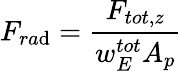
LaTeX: F_{ra\mathrm{d}}=\frac{{F_{tot,z}}}{{w_{E}^{tot}A_{p}}}